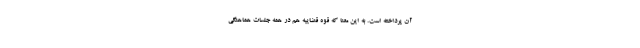
آن پرداخته است. به این معنا که قوه قضاییه هم در همه جلسات هماهنگی